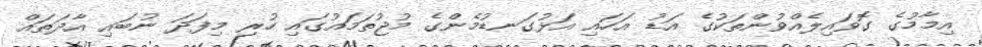
އިމާމުގެ ގޮވައިލެއްވުންތަކުގެ އަޑު އަހައި އަޅުގަނޑުމެންގެ މުޖުތަމައުގައި ހުރި މިފަދަ ނުބައި އާދަތައް